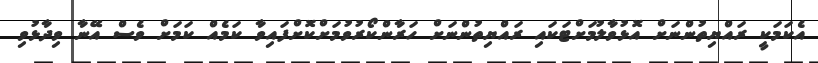
އެކަމަކީ ރައްޔިތުންނަށް އޮޅުވާލުމަށްޓަކައި ރައްޔިތުންނަށް ހަރާންކޯރުވުމަށްކޮށްފައިވާ ކަމެއް ކަމަށް ވެސް އޭނާ ވިދާޅުވި